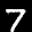
Label: 7